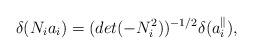
LaTeX: \begin{align*}\delta(N_i a_i) = (det(-N^2_i))^{-1/2} \delta(a^{\parallel}_i),\end{align*}